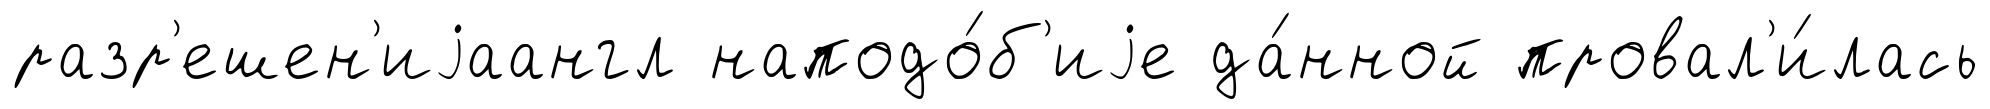
разр'ешен'иjаангл наподо́б'иjе да́нной провал'и́лась